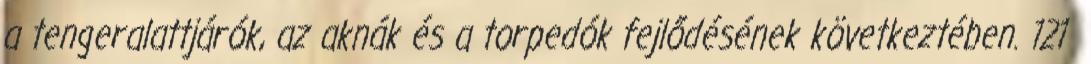
a tengeralattjárók, az aknák és a torpedók fejlődésének következtében. 121